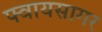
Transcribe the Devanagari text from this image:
फ्वायसागर